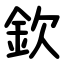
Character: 欽